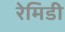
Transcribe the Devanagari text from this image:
रेमिडी